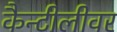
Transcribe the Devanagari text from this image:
कैन्टीलीवर